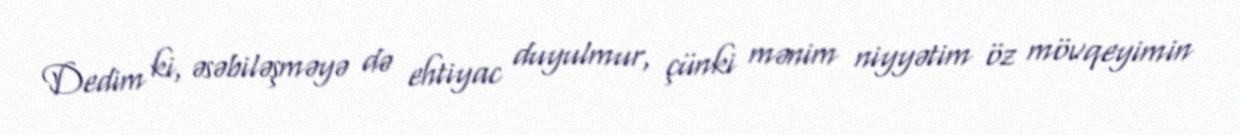
Dedim ki, əsəbiləşməyə də ehtiyac duyulmur, çünki mənim niyyətim öz mövqeyimin